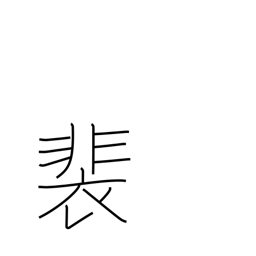
Meaning: long robes